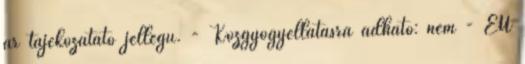
ár tájékozatató jellegű. - Közgyógyellátásra adható: nem - EÜ